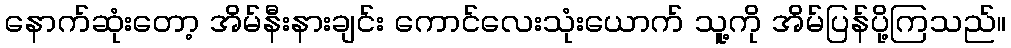
နောက်ဆုံးတော့ အိမ်နီးနားချင်း ကောင်လေးသုံးယောက် သူ့ကို အိမ်ပြန်ပို့ကြသည်။